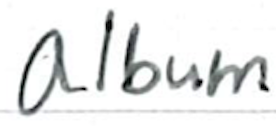
Text: album
Cross-out: clean
Writing tool: ballpoint